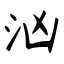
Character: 汹